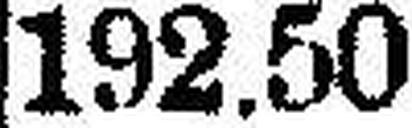
192.50